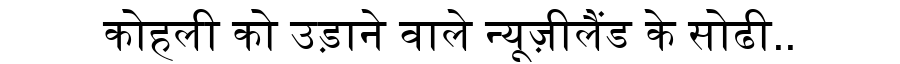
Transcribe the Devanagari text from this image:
कोहली को उड़ाने वाले न्यूज़ीलैंड के सोढी..